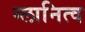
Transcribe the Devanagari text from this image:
ग्लानित्व